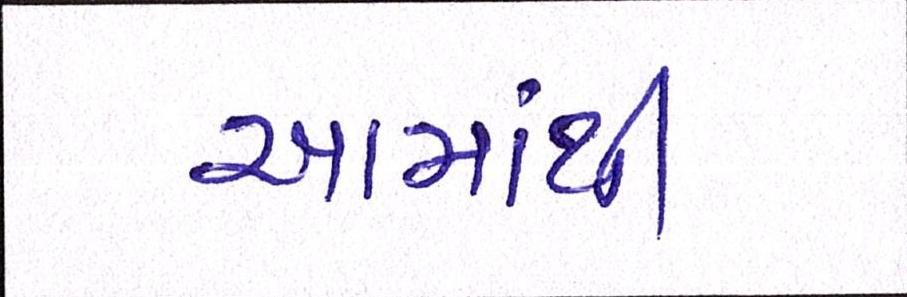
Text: આમાંથી